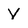
Character: V